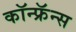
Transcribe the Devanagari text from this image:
कॉन्फ्रॅन्स